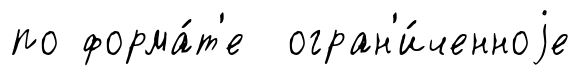
по форма́т'е огран'и́ченноjе